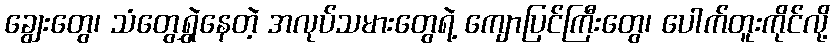
ချွေးတွေ၊ သံတွေရွှဲနေတဲ့ အလုပ်သမားတွေရဲ့ ကျောပြင်ကြီးတွေ၊ ပေါက်တူးကိုင်လို့